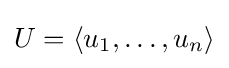
U=\langle u_{1},\ldots ,u_{n}\rangle